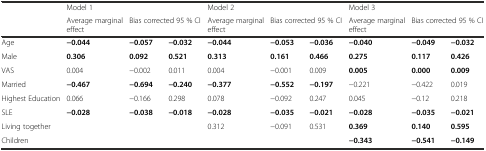
<table><thead><tr><td></td><td colspan="3"><b>Model 1</b></td><td colspan="3"><b>Model 2</b></td><td colspan="3"><b>Model 3</b></td></tr><tr><td></td><td><b>Average marginal effect</b></td><td colspan="2"><b>Bias corrected 95 % CI</b></td><td><b>Average marginal effect</b></td><td colspan="2"><b>Bias corrected 95 % CI</b></td><td><b>Average marginal effect</b></td><td colspan="2"><b>Bias corrected 95 % CI</b></td></tr></thead><tbody><tr><td>Age</td><td><b>−0.044</b></td><td><b>−0.057</b></td><td><b>−0.032</b></td><td><b>−0.044</b></td><td><b>−0.053</b></td><td><b>−0.036</b></td><td><b>−0.040</b></td><td><b>−0.049</b></td><td><b>−0.032</b></td></tr><tr><td>Male</td><td><b>0.306</b></td><td><b>0.092</b></td><td><b>0.521</b></td><td><b>0.313</b></td><td><b>0.161</b></td><td><b>0.466</b></td><td><b>0.275</b></td><td><b>0.117</b></td><td><b>0.426</b></td></tr><tr><td>VAS</td><td>0.004</td><td>−0.002</td><td>0.011</td><td>0.004</td><td>−0.001</td><td>0.009</td><td><b>0.005</b></td><td><b>0.000</b></td><td><b>0.009</b></td></tr><tr><td>Married</td><td><b>−0.467</b></td><td><b>−0.694</b></td><td><b>−0.240</b></td><td><b>−0.377</b></td><td><b>−0.552</b></td><td><b>−0.197</b></td><td>−0.221</td><td>−0.422</td><td>0.019</td></tr><tr><td>Highest Education</td><td>0.066</td><td>−0.166</td><td>0.298</td><td>0.078</td><td>−0.092</td><td>0.247</td><td>0.045</td><td>−0.12</td><td>0.218</td></tr><tr><td>SLE</td><td><b>−0.028</b></td><td><b>−0.038</b></td><td><b>−0.018</b></td><td><b>−0.028</b></td><td><b>−0.035</b></td><td><b>−0.021</b></td><td><b>−0.028</b></td><td><b>−0.035</b></td><td><b>−0.021</b></td></tr><tr><td>Living together</td><td></td><td></td><td></td><td>0.312</td><td>−0.091</td><td>0.531</td><td><b>0.369</b></td><td><b>0.140</b></td><td><b>0.595</b></td></tr><tr><td>Children</td><td></td><td></td><td></td><td></td><td></td><td></td><td><b>−0.343</b></td><td><b>−0.541</b></td><td><b>−0.149</b></td></tr></tbody></table>